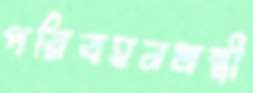
পরিবহনমন্ত্রী